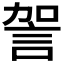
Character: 𧦲